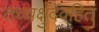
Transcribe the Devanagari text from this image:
तच्चक्षुर्देवहितं